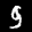
Label: 9